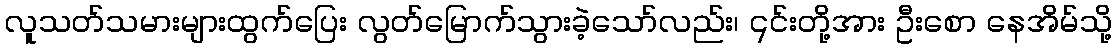
လူသတ်သမားများထွက်ပြေး လွတ်မြောက်သွားခဲ့သော်လည်း၊ ၎င်းတို့အား ဦးစော နေအိမ်သို့